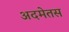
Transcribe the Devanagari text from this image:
अदमेतस